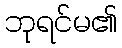
ဘုရင်မ၏